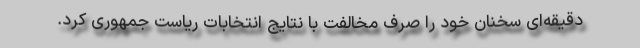
دقیقه‌ای سخنان خود را صرف مخالفت با نتایج انتخابات ریاست جمهوری کرد.